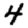
Digit: 4